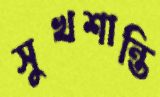
সুখশান্তি